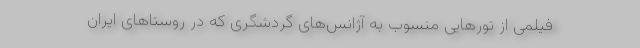
فیلمی از تورهایی منسوب به آژانس‌های گردشگری که در روستاهای ایران